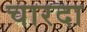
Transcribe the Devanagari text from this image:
चारदा